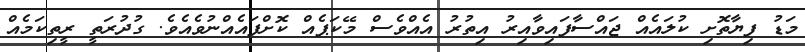
މަޑު ފިޔާތޮށި ކުލައެއް ޖައްސާފައިވާއިރު އިތުރު އެއްވެސް މޭކަޕެއް ކޮށްފައެއްނުވެއެވެ. ގުދުރަތީ ރީތިކަމެއް